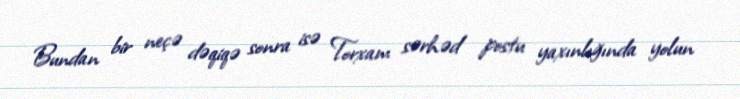
Bundan bir neçə dəqiqə sonra isə Torxam sərhəd postu yaxınlığında yolun